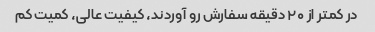
در کمتر از ۲۰ دقیقه سفارش رو آوردند، کیفیت عالی، کمیت کم